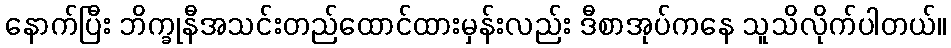
နောက်ပြီး ဘိက္ခုနီအသင်းတည်ထောင်ထားမှန်းလည်း ဒီစာအုပ်ကနေ သူသိလိုက်ပါတယ်။